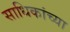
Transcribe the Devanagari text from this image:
साधिकांच्या